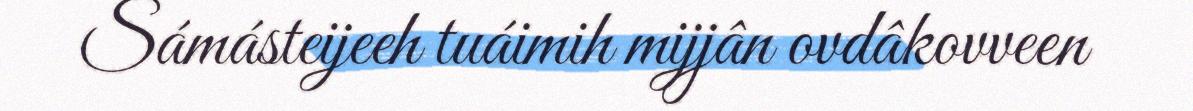
Sámásteijeeh tuáimih mijjân ovdâkovveen